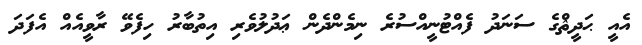
އެއީ ޙަދީޘްގެ ސަނަދު ފެއްޓުނީއްސުރެ ނިމެންދެން ޢަދުލުވެރި އިތުބާރު ހިފެވޭ ރާވީއެއް އެފަދަ